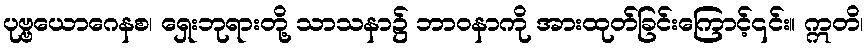
ပုဗ္ဗယောဂေနစ၊ ရှေးဘုရားတို့ သာသနာ၌ ဘာဝနာကို အားထုတ်ခြင်းကြောင့်၎င်း။ ဣတိ၊